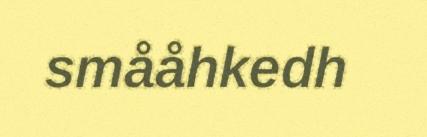
smååhkedh